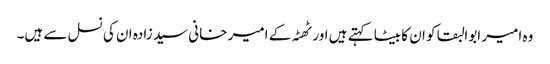
وہ امیر ابوالبقا کو ان کا بیٹا کہتے ہیں اور ٹھٹہ کے امیر خانی سید زادہ ان کی نسل سے ہیں۔